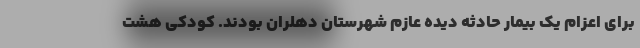
برای اعزام یک بیمار حادثه دیده عازم شهرستان دهلران بودند. کودکی هشت